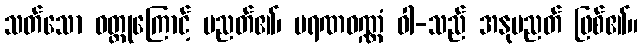
သတ်သော ဝတ္ထုကြောင့် ပညတ်၏၊ မရဏဝဏ္ဏံ ဝါ-သည် အနုပညတ် ဖြစ်၏။